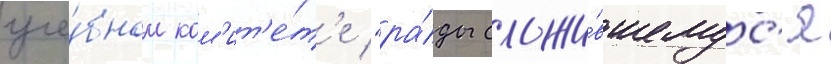
уче́бном ком'ит'е́т'е "ра́ды сложи́вшемус'я